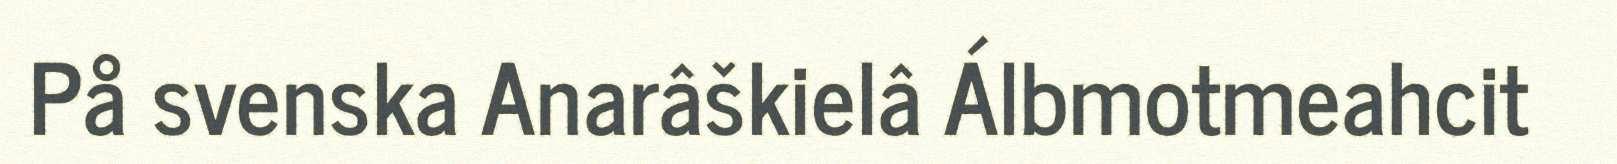
På svenska Anarâškielâ Álbmotmeahcit